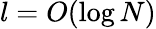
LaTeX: l=O(\log N)